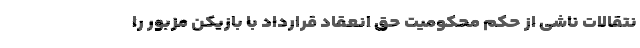
نتقالات ناشی از حکم محکومیت حق انعقاد قرارداد با بازیکن مزبور را